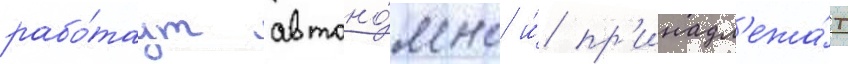
рабо́таут автоно́мно и́ пр'инадл'ежа́т